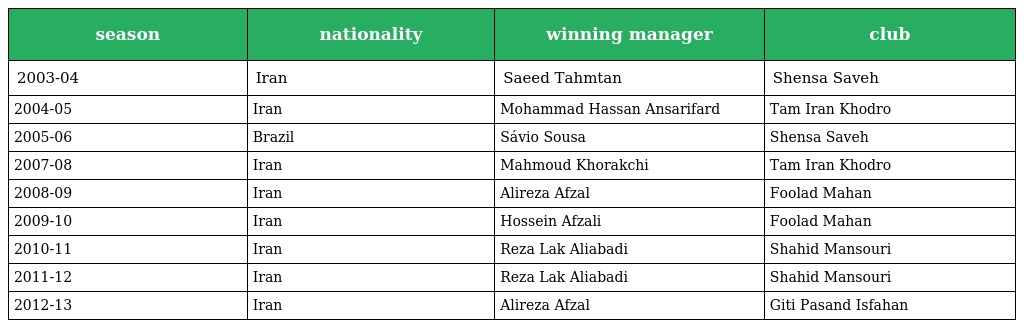
| season | nationality | winning manager | club |
 | --- | --- | --- | --- |
 | 2003-04 | Iran | Saeed Tahmtan | Shensa Saveh |
 | 2004-05 | Iran | Mohammad Hassan Ansarifard | Tam Iran Khodro |
 | 2005-06 | Brazil | Sávio Sousa | Shensa Saveh |
 | 2007-08 | Iran | Mahmoud Khorakchi | Tam Iran Khodro |
 | 2008-09 | Iran | Alireza Afzal | Foolad Mahan |
 | 2009-10 | Iran | Hossein Afzali | Foolad Mahan |
 | 2010-11 | Iran | Reza Lak Aliabadi | Shahid Mansouri |
 | 2011-12 | Iran | Reza Lak Aliabadi | Shahid Mansouri |
 | 2012-13 | Iran | Alireza Afzal | Giti Pasand Isfahan |